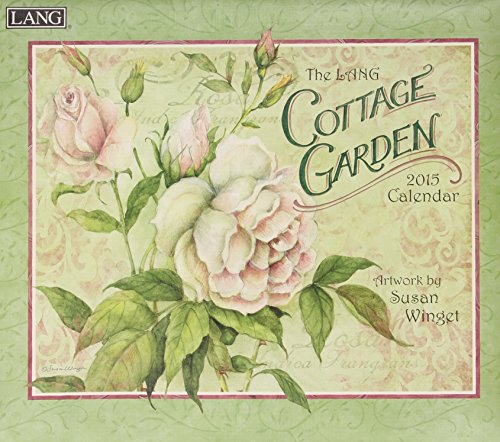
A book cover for The Lang Cottage Garden 2015 Calendar; Calendars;